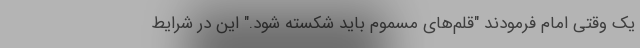
یک وقتی امام فرمودند "قلم‌های مسموم باید شکسته شود." این در شرایط